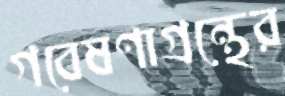
গবেষণাগ্রন্থের